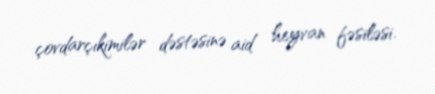
çovdarçıkimilər dəstəsinə aid heyvan fəsiləsi.